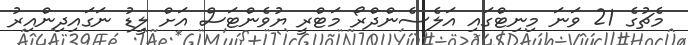
މެޗުގެ 21 ވަނަ މިނިޓްގައި އަލެސެންދްރޯ މަޓްރީ ޔުވެންޓަސް އަށް ލީޑު ނަގައިދިންއިރު